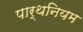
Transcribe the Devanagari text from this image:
पार्थनियम